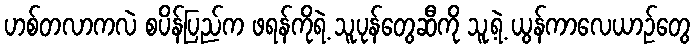
ဟစ်တလာကလဲ စပိန်ပြည်က ဖရန်ကိုရဲ့ သူပုန်တွေဆီကို သူ့ရဲ့ ယွန်ကာလေယာဉ်တွေ